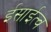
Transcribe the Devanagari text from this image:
ईसाईत्व